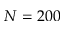
N = 2 0 0